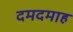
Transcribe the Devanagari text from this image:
दमदमाह